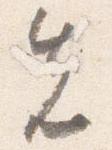
先